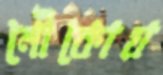
নৌকোয়